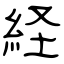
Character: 経